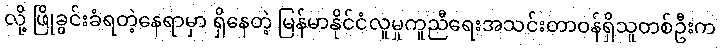
လို့ ဖြိုခွင်းခံရတဲ့နေရာမှာ ရှိနေတဲ့ မြန်မာနိုင်ငံလူမှုကူညီရေးအသင်းတာဝန်ရှိသူတစ်ဦးက